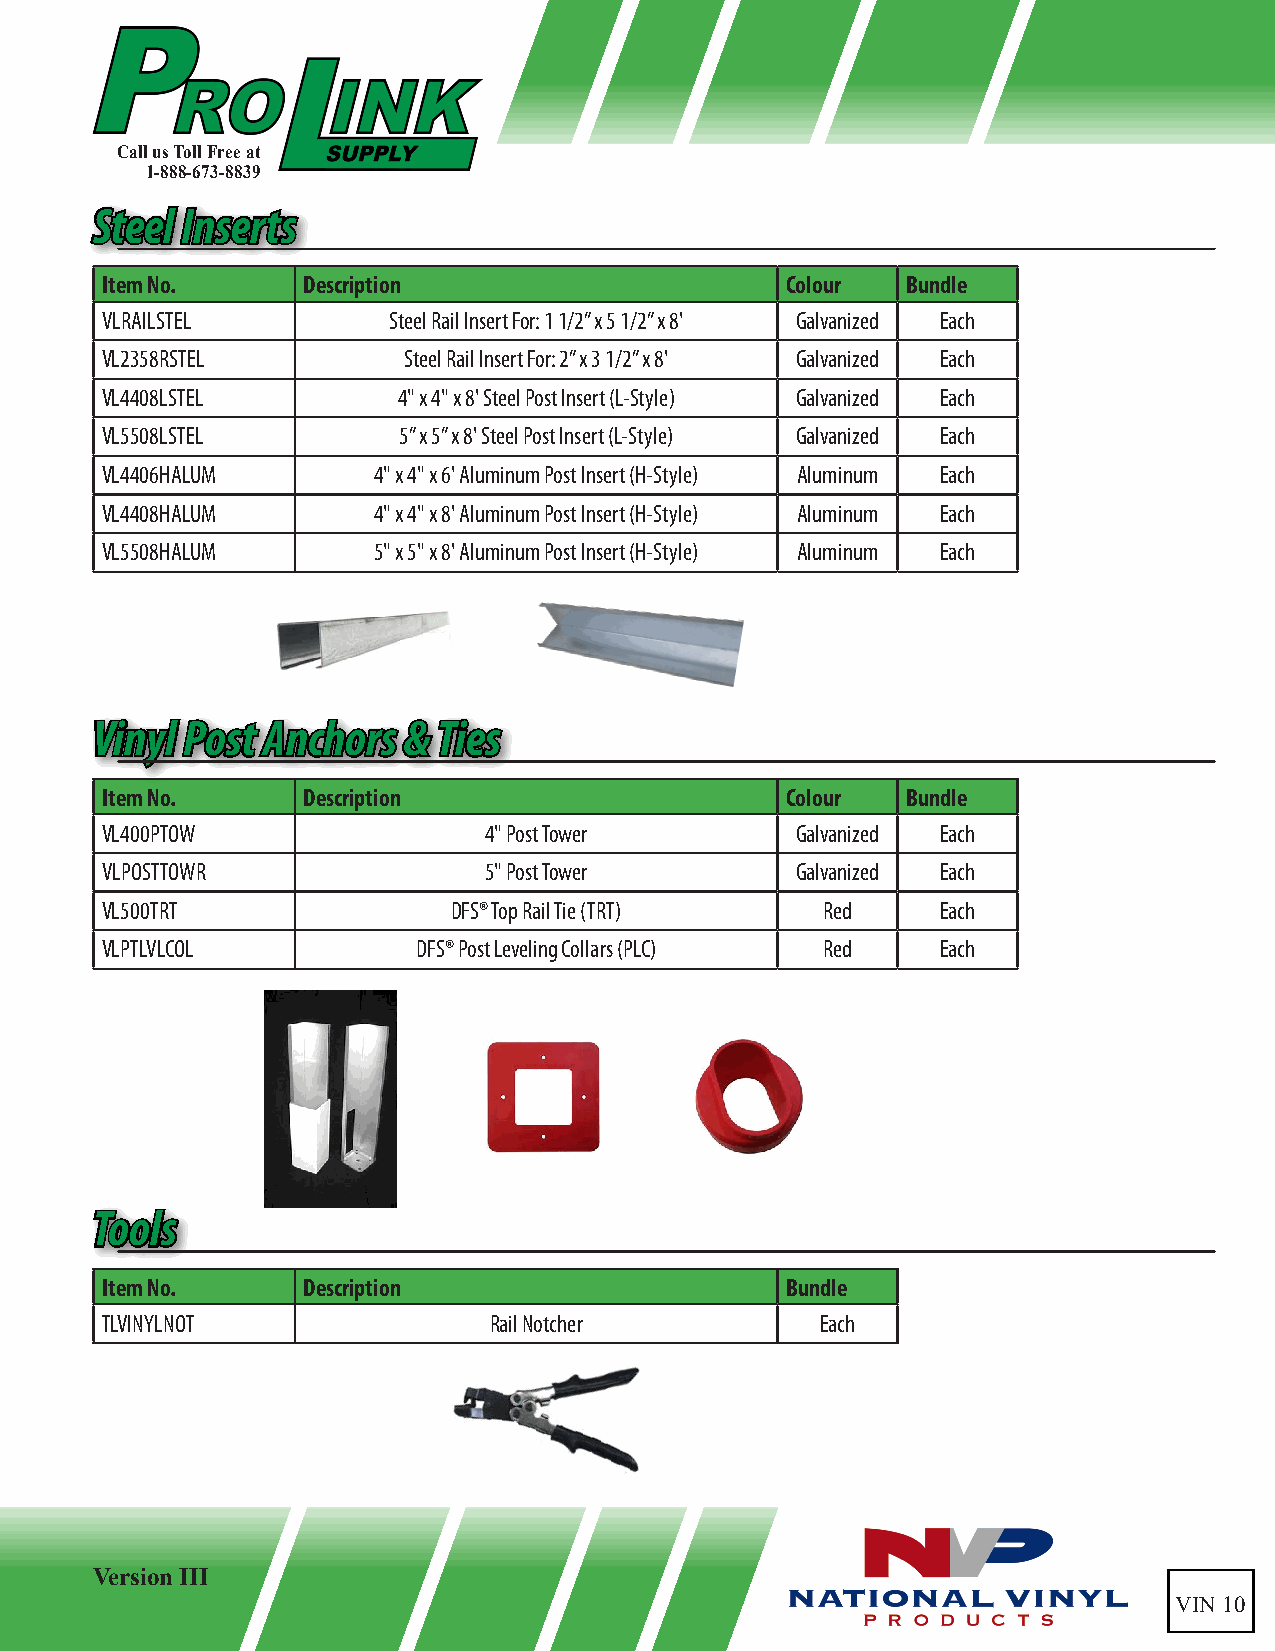
Call us Toll Free at
 1-888-673-8839
 SStteeeell IInnsseerrttss
 Item No.     Description                     Colour  Bundle
 VLRAILSTEL         Steel Rail Insert For: 1 1/2” x 5 1/2” x 8' Galvanized Each
 VL2358RSTEL         Steel Rail Insert For: 2” x 3 1/2” x 8' Galvanized Each
 VL4408LSTEL        4" x 4" x 8' Steel Post Insert (L-Style) Galvanized Each
 VL5508LSTEL        5” x 5” x 8' Steel Post Insert (L-Style) Galvanized Each
 VL4406HALUM       4" x 4" x 6' Aluminum Post Insert (H-Style) Aluminum Each
 VL4408HALUM       4" x 4" x 8' Aluminum Post Insert (H-Style) Aluminum Each
 VL5508HALUM       5" x 5" x 8' Aluminum Post Insert (H-Style) Aluminum Each
 VViinnyyll PPoosstt AAnncchhoorrss && TTiieess
 Item No.     Description                     Colour  Bundle
 VL400PTOW                4" Post Tower        Galvanized Each
 VLPOSTTOWR               5" Post Tower        Galvanized Each
 VL500TRT               DFS® Top Rail Tie (TRT) Red     Each
 VLPTLVLCOL           DFS® Post Leveling Collars (PLC) Red Each
 TToooollss
 Item No.     Description                     Bundle
 TLVINYLNOT               Rail Notcher          Each
 Version III
 VIN 10